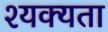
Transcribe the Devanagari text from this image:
श्यक्यता